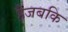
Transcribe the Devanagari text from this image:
हैजबकि